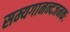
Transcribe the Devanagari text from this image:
सम्यगानन्दजनकः